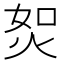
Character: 𤈟